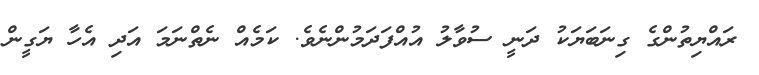
ރައްޔިތުންގެ ގިނަބަޔަކު ދަނީ ސުވާލު އުއްފަދަމުންނެވެ. ކަމެއް ނެތްނަމަ އަދި އެހާ ޔަގީން